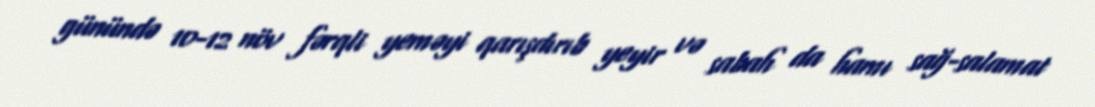
günündə 10-12 növ fərqli yeməyi qarışdırıb yeyir və sabah da hamı sağ-salamat